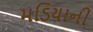
મડિયાની